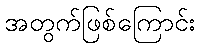
အတွက်ဖြစ်ကြောင်း